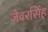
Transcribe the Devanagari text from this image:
जेवरसिंह